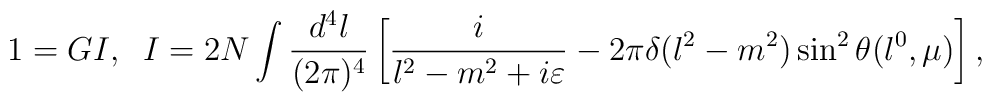
1=GI, \; \; I=2N\int\frac{d^4l}{(2\pi)^4}\left[\frac{i}{l^2-m^2+i\varepsilon}-2\pi\delta(l^2-m^2)\sin^2\theta(l^0,\mu)\right],